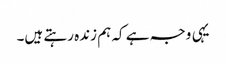
یہی وجہ ہے کہ ہم زندہ رہتے ہیں۔